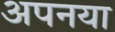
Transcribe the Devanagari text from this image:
अपनया